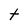
Character: t